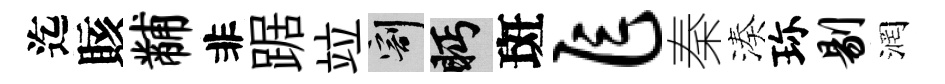
迄賅黼非踞竝割眄斑乍秦湊珎剔润